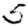
Digit: 5